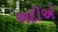
અદીએ